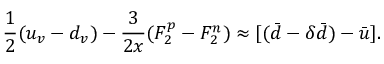
\frac { 1 } { 2 } ( u _ { v } - d _ { v } ) - \frac { 3 } { 2 x } ( F _ { 2 } ^ { p } - F _ { 2 } ^ { n } ) \approx [ ( \bar { d } - \delta \bar { d } ) - \bar { u } ] .